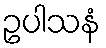
ဥပါသနံ